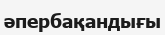
әпербақандығы